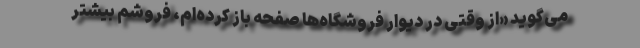
می‌گوید «از وقتی در دیوار فروشگاه‌ها صفحه باز کرده‌ام، فروشم بیشتر